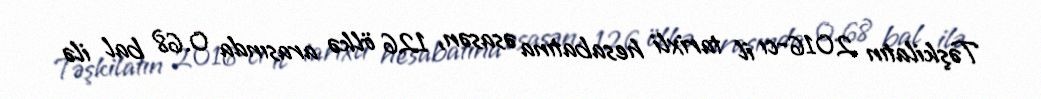
Təşkilatın 2016-cı il tarixli hesabatına əsasən, 126 ölkə arasında 0.68 bal ilə